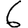
Digit: 6